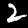
Label: 2